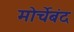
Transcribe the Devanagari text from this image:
मोर्चेबंद